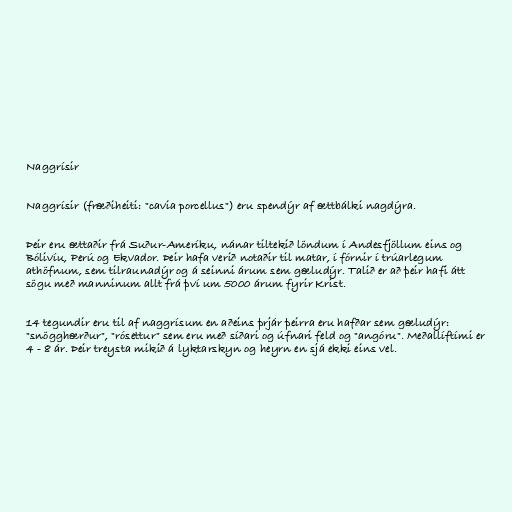
Naggrísir

Naggrísir (fræðiheiti: "cavia porcellus") eru spendýr af ættbálki nagdýra.

Þeir eru ættaðir frá Suður-Ameríku, nánar tiltekið löndum í Andesfjöllum eins og
Bólivíu, Perú og Ekvador. Þeir hafa verið notaðir til matar, í fórnir í trúarlegum
athöfnum, sem tilraunadýr og á seinni árum sem gæludýr. Talið er að þeir hafi átt
sögu með manninum allt frá því um 5000 árum fyrir Krist.

14 tegundir eru til af naggrísum en aðeins þrjár þeirra eru hafðar sem gæludýr:
"snögghærður", "rósettur" sem eru með síðari og úfnari feld og "angóru". Meðallíftími er
4 - 8 ár. Þeir treysta mikið á lyktarskyn og heyrn en sjá ekki eins vel.